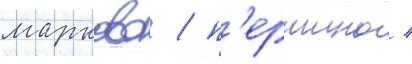
марково / п'ершино /